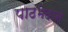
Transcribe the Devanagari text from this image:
पाठभेदाने